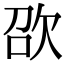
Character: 欩